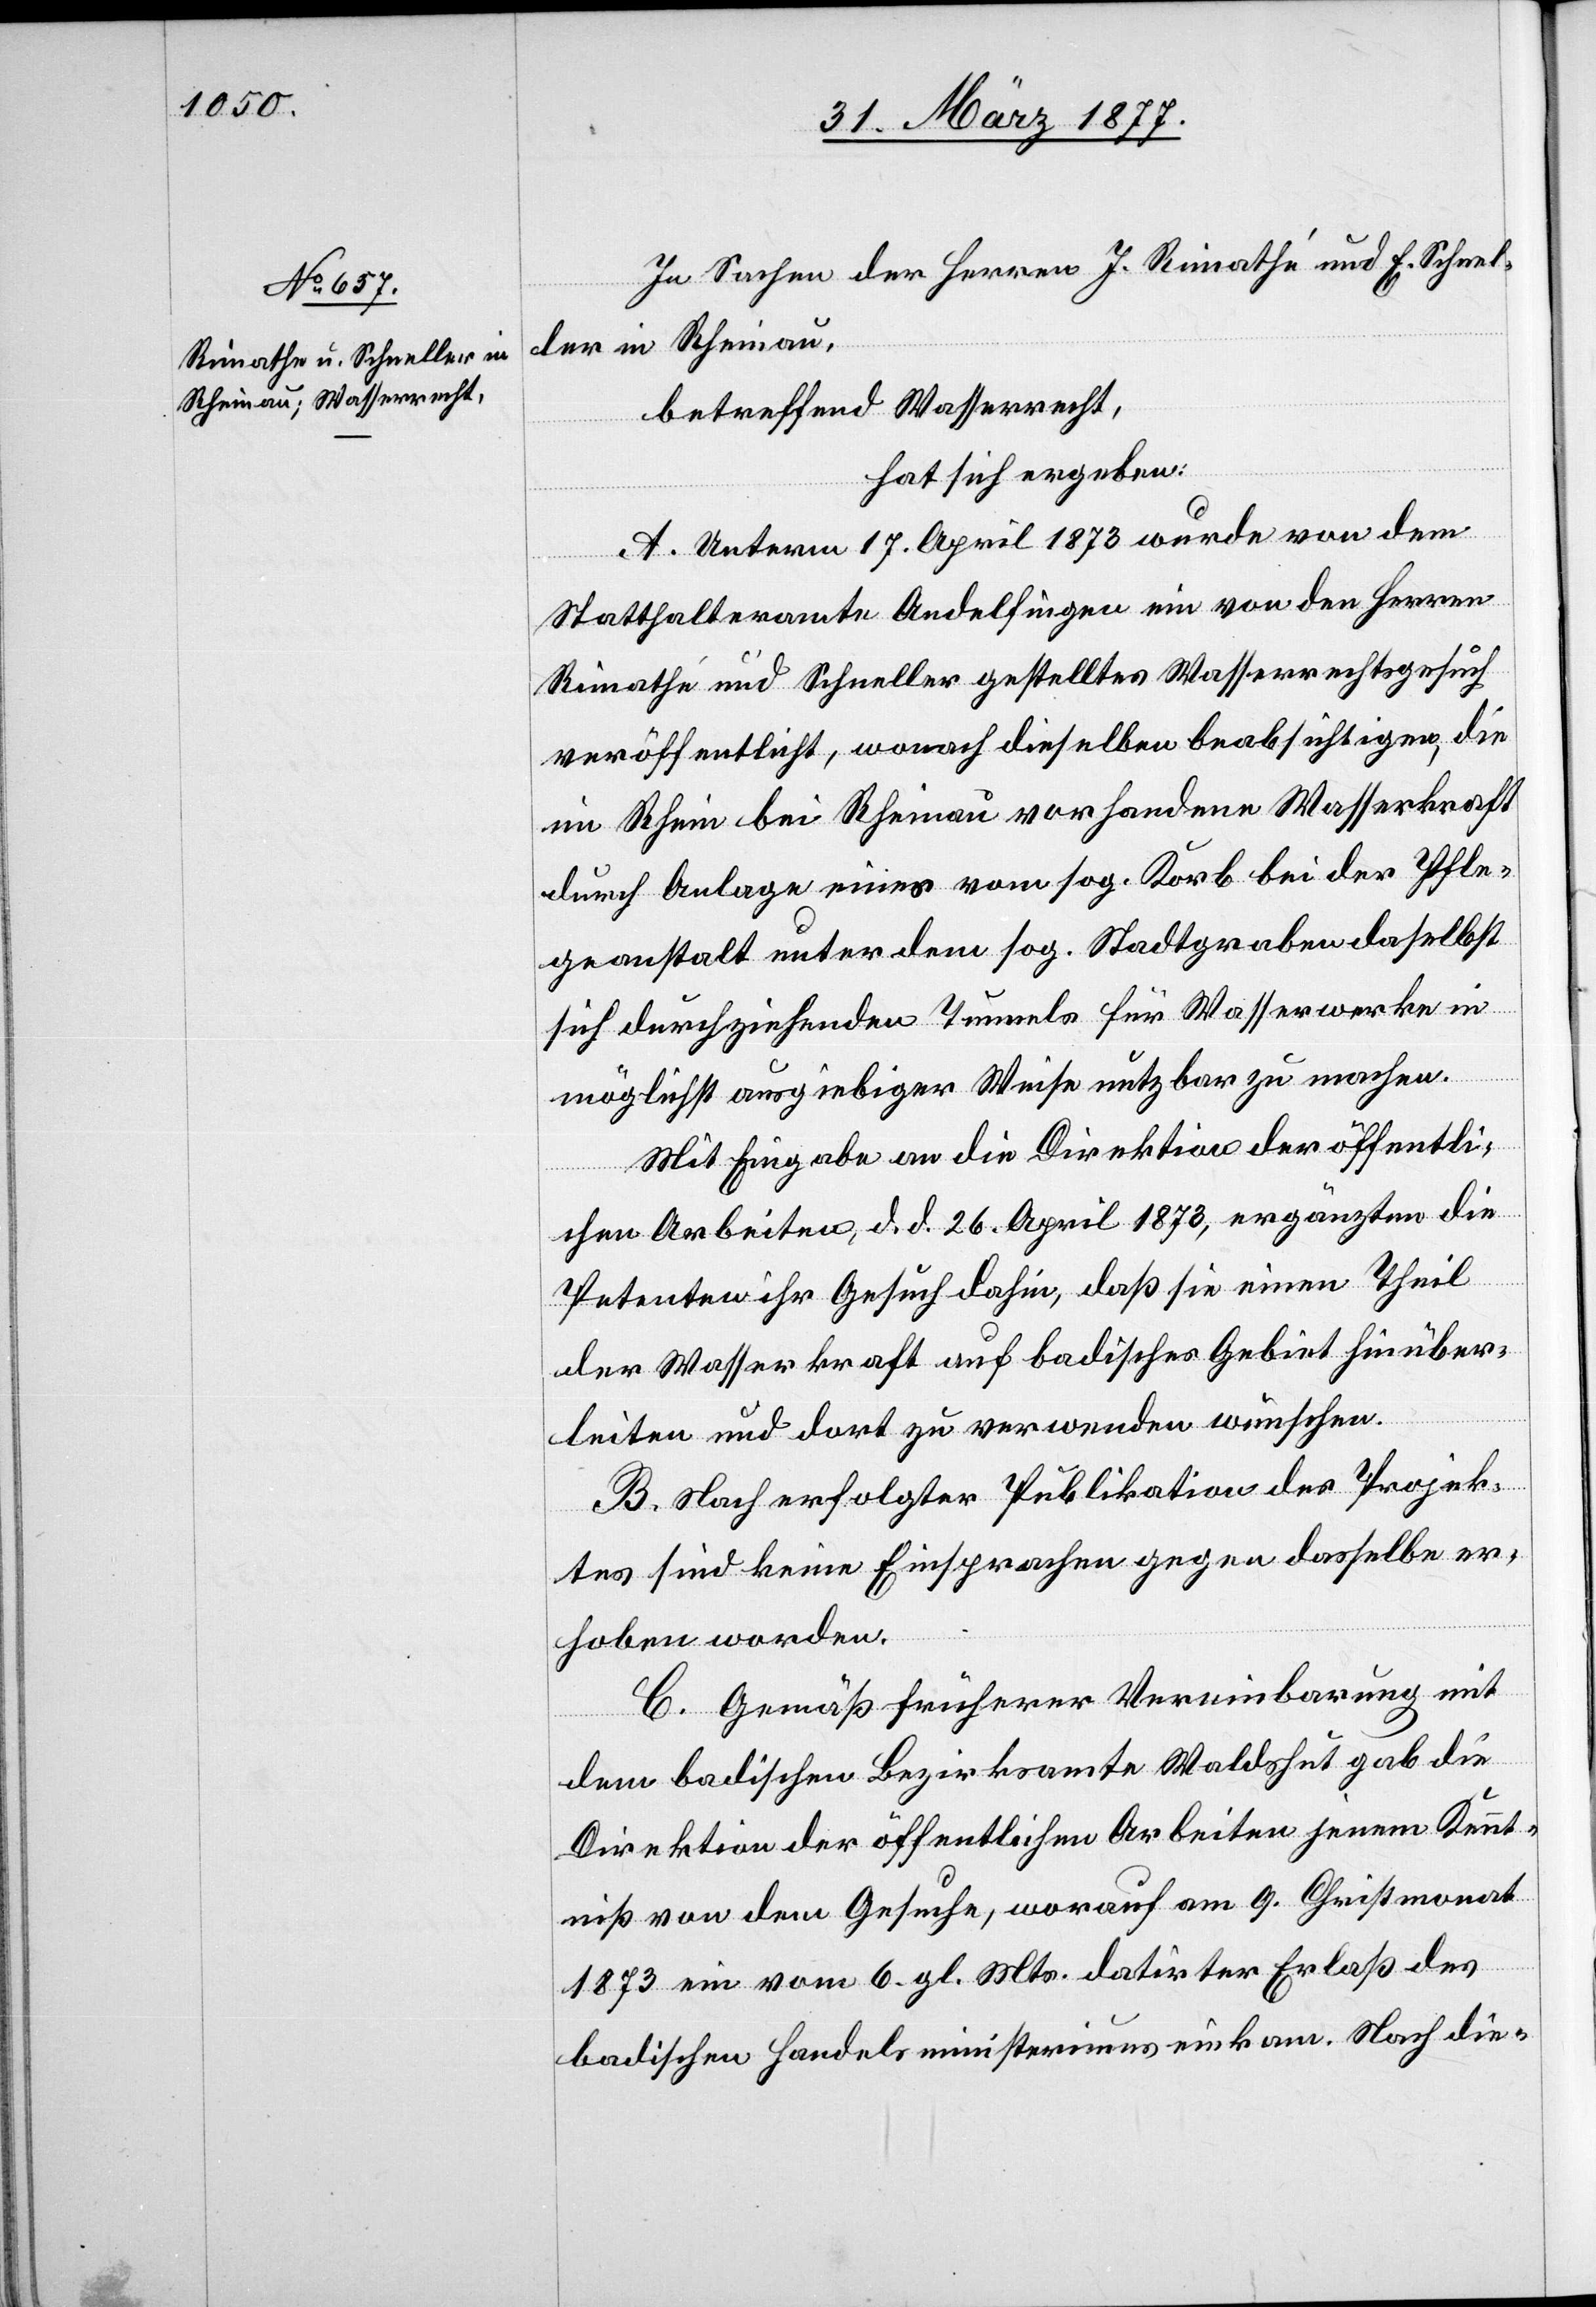
In Sachen der Herren J. Rimathé [sic!] und E. Schnel¬
ler in Rheinau,
betreffend Wasserrecht,
hat sich ergeben:
A. Unterm 17. April 1873 wurde von dem
Statthalteramte Andelfingen ein von den Herren
Rimathé und Schneller gestelltes Wasserrechtsgesuch
veröffentlicht, wonach dieselben beabsichtigen, die
im Rhein bei Rheinau vorhandene Wasserkraft
durch Anlage eines vom sog. Korb bei der Pfle¬
geanstalt unter dem sog. Stadtgraben daselbst
sich durchziehenden Tunnels für Wasserwerke in
möglichst ausgiebiger Weise nutzbar zu machen.
Mit Eingabe an die Direktion der öffentli¬
chen Arbeiten, d. d. 26. April 1873, ergänzten die
Petenten ihr Gesuch dahin, daß sie einen Theil
der Wasserkraft auf badisches Gebiet hinüber¬
leiten und dort zu verwenden wünschen.
B. Nach erfolgter Publikation des Projek¬
tes sind keine Einsprachen gegen dasselbe er¬
hoben worden.
C. Gemäß früherer Vereinbarung mit
dem badischen Bezirksamte Waldshut gab die
Direktion der öffentlichen Arbeiten jenem Kennt¬
niß von dem Gesuche, worauf am 9. Christmonat
1873 ein vom 6. gl. Mts. datirter Erlaß des
badischen Handelsministeriums einkam. Nach die-